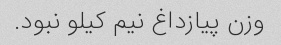
وزن پیازداغ نیم کیلو نبود.